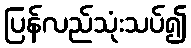
ပြန်လည်သုံးသပ်၍